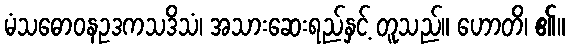
မံသဓောဝနဥဒကသဒိသံ၊ အသားဆေးရည်နှင့် တူသည်။ ဟောတိ၊ ၏။